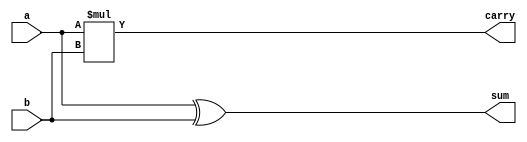
//................... Design code of HALF ADDER...................
module halfadder(a,b,sum,carry);
input a,b;
output sum,carry;
assign sum = a^b;
assign carry = a*b;
endmodule